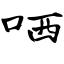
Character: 哂